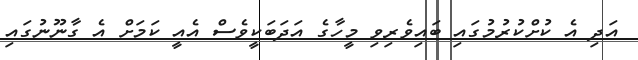
އަދި އެ ކުށްކުރުމުގައި ބައިވެރިވި މީހާގެ އަދަބަކީވެސް އެއީ ކަމަށް އެ ގާނޫނުގައި